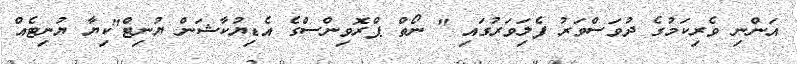
އަންނި ވެރިކަމުގެ ދުވަސްވަރު ފެލިަވަރުގައި " ނޯތް ޕްރޮވިންސްގެ އެޑިޔުކާޝަން ޔުނިޓް"ކިޔާ ޔުނިޓެއް